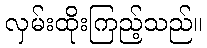
လှမ်းထိုးကြည့်သည်။